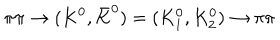
\pi \pi \to ( K ^ { 0 } , \bar { K } ^ { 0 } ) = ( K _ { 1 } ^ { 0 } , K _ { 2 } ^ { 0 } ) \to \pi \pi